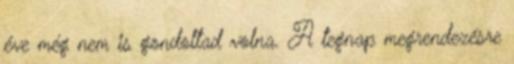
éve még nem is gondoltad volna. A tegnap megrendezésre